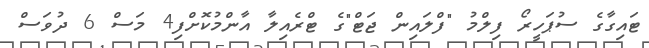
ޓައިގާގެ ސުޕަހީރޯ ފިލްމު "ފްލައިން ޖަޓް"ގެ ޓްރެއިލާ އާންމުކޮށްފި4 މަސް 6 ދުވަސް